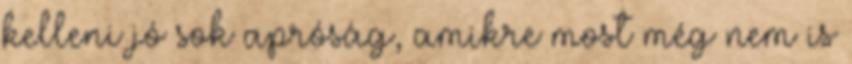
kelleni jó sok apróság, amikre most még nem is